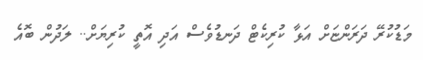
މަޑުކުރޭ ދަރަންޏަށް އަޅާ ކުރިކެޓް ދަނޑުވެސް އަދި އޮތީ ކުރިޔަށް.. ލަދުން ބޮއެ